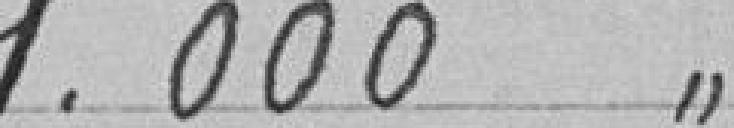
1.000 "